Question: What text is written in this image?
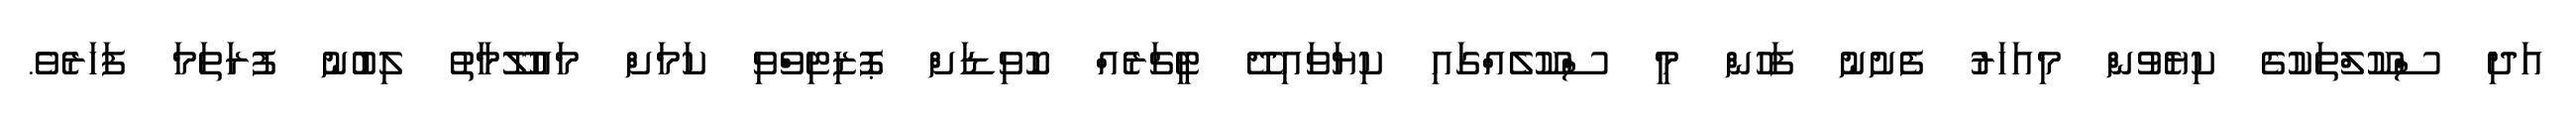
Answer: އަދި ސްކޫލްތަކުގެ ކިޔެވުން މިއަހަރު ފެށުނު ފަހުން މީ ސްކޫލެއްގައި ކިޔަވައިދޭ ޓީޗަރެއް ކޮވިޑަށް ޕޮޒިޓިވްވި ކަމަށް މައުލޫމާތު ލިބުނު ފުރަތަމަ ފަހަރެވެ.